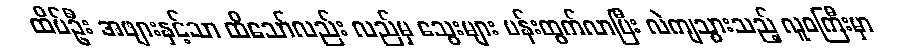
ထိပ်ဦး အဖျားနှင့်သာ ထိသော်လည်း လည်မှ သွေးများ ပန်းထွက်လာပြီး လဲကျသွားသည့် လူဝကြီးမှာ